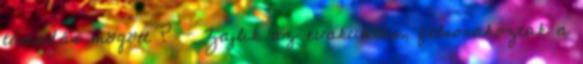
támadás mögött ? - Zajlik az evakuálás, felsorakoztak a